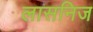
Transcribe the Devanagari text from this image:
लासनिज